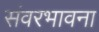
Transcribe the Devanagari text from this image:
संवरभावना